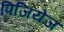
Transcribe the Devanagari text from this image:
पिजियेज